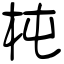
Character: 杶